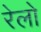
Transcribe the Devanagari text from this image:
रेलो